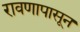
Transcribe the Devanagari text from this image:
रावणापासून